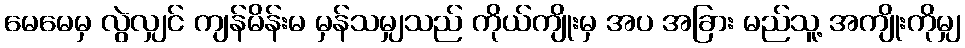
မေမေမှ လွဲလျှင် ကျန်မိန်းမ မှန်သမျှသည် ကိုယ်ကျိုးမှ အပ အခြား မည်သူ့ အကျိုးကိုမျှ